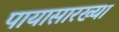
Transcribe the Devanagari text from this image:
पायासारख्या